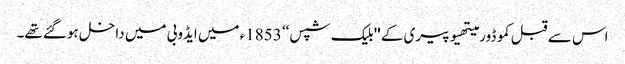
اس سے قبل کموڈور میتھیو پیری کے ''بلیک شپس‘‘ 1853ء میں ایڈوبی میں داخل ہوگئے تھے۔